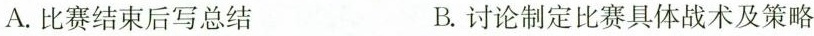
A.比赛结束后写总结 B.讨论制定比赛具体战术及策略